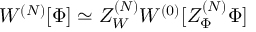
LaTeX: W ^ { ( N ) } [ \Phi ] \simeq Z _ { W } ^ { ( N ) } W ^ { ( 0 ) } [ Z _ { \Phi } ^ { ( N ) } \Phi ]